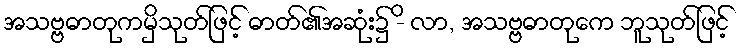
အသဗ္ဗဓာတုကမှိသုတ်ဖြင့် ဓာတ်၏အဆုံး၌ -ိ လာ, အသဗ္ဗဓာတုကေ ဘူသုတ်ဖြင့်